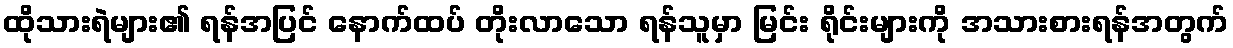
ထိုသားရဲများ၏ ရန်အပြင် နောက်ထပ် တိုးလာသော ရန်သူမှာ မြင်း ရိုင်းများကို အသားစားရန်အတွက်